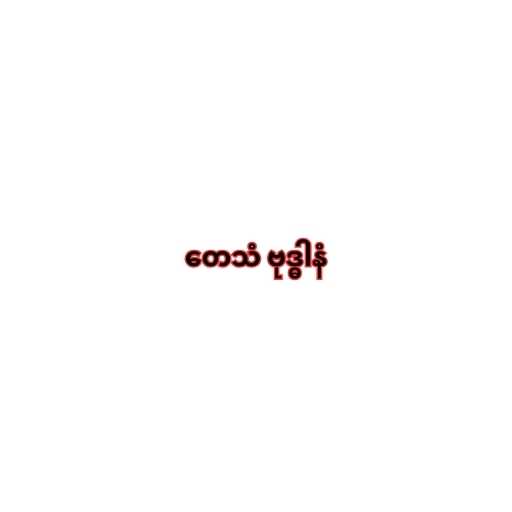
တေသံ ဗုဒ္ဓါနံ